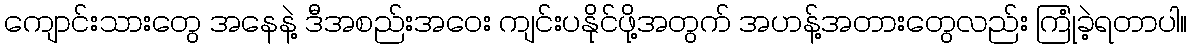
ကျောင်းသားတွေ အနေနဲ့ ဒီအစည်းအဝေး ကျင်းပနိုင်ဖို့အတွက် အဟန့်အတားတွေလည်း ကြုံခဲ့ရတာပါ။